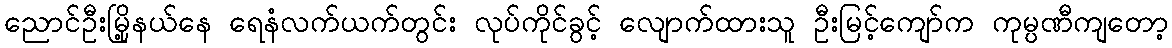
ညောင်ဦးမြို့နယ်နေ ရေနံလက်ယက်တွင်း လုပ်ကိုင်ခွင့် လျောက်ထားသူ ဦးမြင့်ကျော်က ကုမ္ပဏီကျတော့